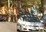
હસદ